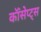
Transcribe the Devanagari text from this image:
कॉंसेप्ट्स